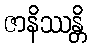
ဇာနိဿန္တိ